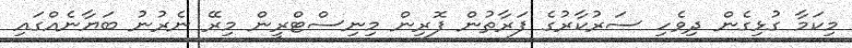
މިކަމާ ގުޅިގެން ދިވެހި ސަރުކާރުގެ ފަރާތުން ފޮރިން މިނިސްޓްރީން މިރޭ ނެރުނު ބަޔާނެއްގައި